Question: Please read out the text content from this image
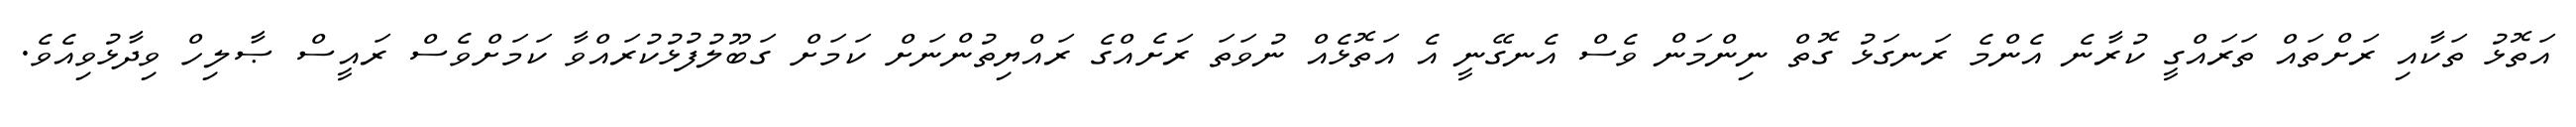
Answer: އަތޮޅު ތަކާއި ރަށްތައް ތަރައްގީ ކުރާނެ އެންމެ ރަނގަޅު ގޮތް ނިންމަން ވެސް އެނގޭނީ އެ އަތޮޅެއް ނުވަތަ ރަށެއްގެ ރައްޔިތުންނަށް ކަމަށް ގަބޫލުފުޅުކުރައްވާ ކަމަށްވެސް ރައީސް ޞާލިހް ވިދާޅުވިއެވެ.